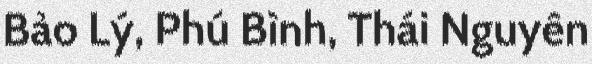
Bảo Lý, Phú Bình, Thái Nguyên